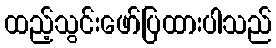
ထည့်သွင်းဖော်ပြထားပါသည်